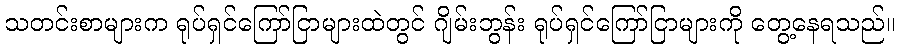
သတင်းစာများက ရုပ်ရှင်ကြော်ငြာများထဲတွင် ဂျိမ်းဘွန်း ရုပ်ရှင်ကြော်ငြာများကို တွေ့နေရသည်။